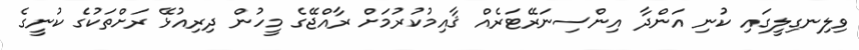
ވިލިނގިލީގައި ކުނި އަންދާ އިންސިނަރޭޓަރެއް ޤާއިމުކުރުމަށް ރާއްޖޭގެ މީހުން ދިރިއުޅޭ ރަށްތަކުގެ ކުނީގެ